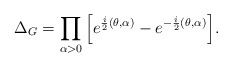
\begin{align*}\Delta_G=\prod_{\alpha > 0} \Big[e^{\frac{i}{2} (\theta,\alpha)}-e^{-\frac{i}{2} (\theta,\alpha)} \Big].\end{align*}